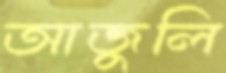
আজুলি